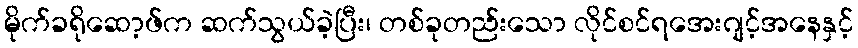
မိုက်ခရိုဆော့ဖ်က ဆက်သွယ်ခဲ့ပြီး၊ တစ်ခုတည်းသော လိုင်စင်ရအေးဂျင့်အနေနှင့်